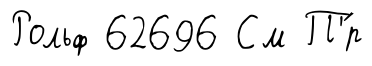
Рольф 62696 См П'́р